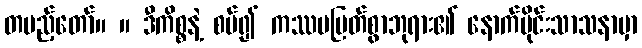
တပည့်တော်။ ။ ဒီကိစ္စနဲ့ စပ်၍ ကဿပမြတ်စွာဘုရား၏ နောက်ပိုင်းသာသနာမှာ